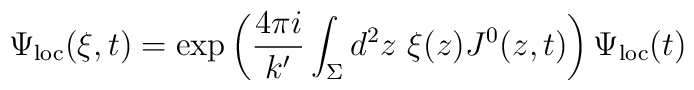
\Psi_{\rm loc}(\xi,t)=\exp\left(\frac{4\pi i}{k'}\int_{\Sigma}d^2z~\xi(z)J^0(z,t)\right)\Psi_{\rm loc}(t)